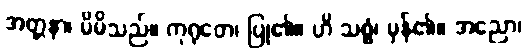
အတ္တနာ၊ မိမိသည်။ ကုရုတေ၊ ပြု၏။ ဟိ သစ္စံ၊ မှန်၏။ အညော၊